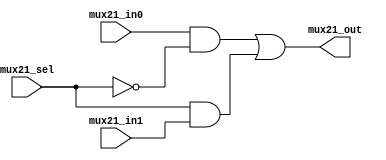
module mux2_1(
	output mux21_out,
	input mux21_in0,
	input mux21_in1,
	input mux21_sel
);
	wire a1,a2;
	and(a1,mux21_in0,~mux21_sel);
	and(a2,mux21_sel,mux21_in1);
	or(mux21_out,a1,a2);
endmodule